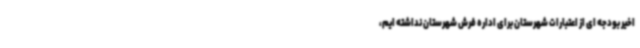
اخیر بودجه ای از اعتبارات شهرستان برای اداره فرش شهرستان نداشته ایم،